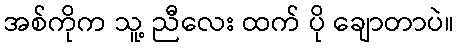
အစ်ကိုက သူ့ ညီလေး ထက် ပို ချောတာပဲ။